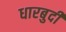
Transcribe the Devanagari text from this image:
धारबुदी